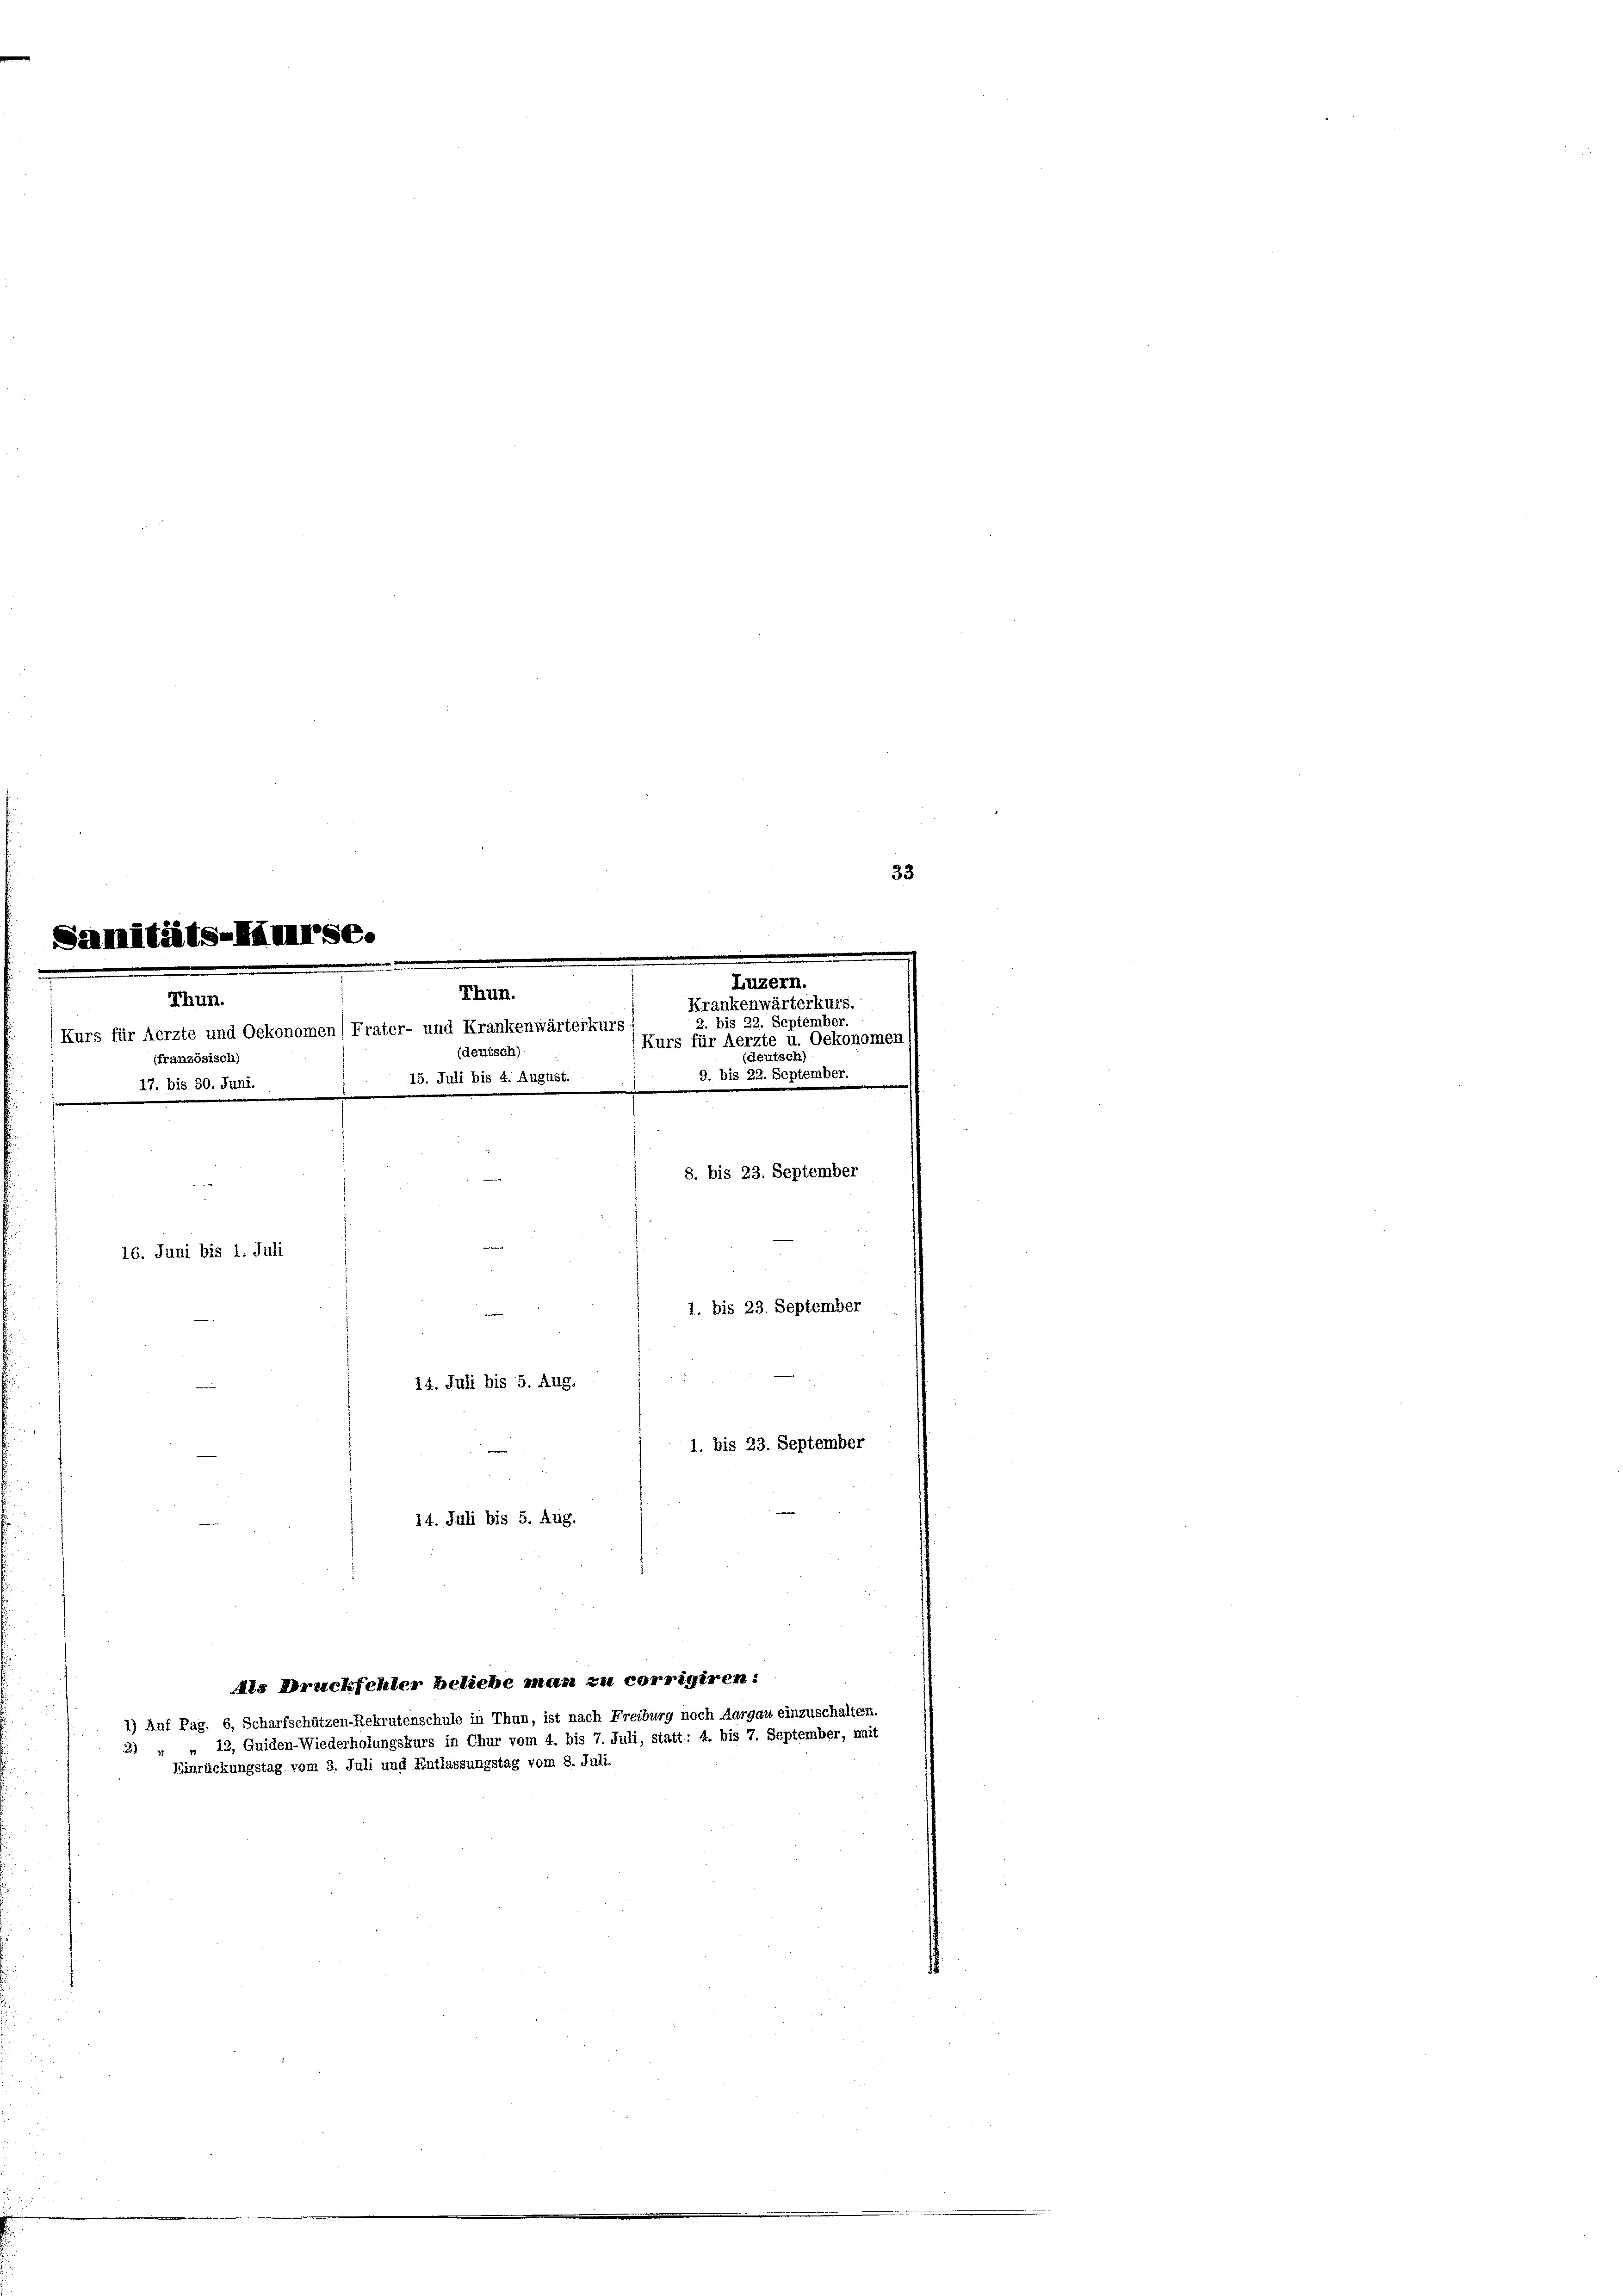
Thun.
französisch)
17. bis 30. Juni.

2

Samitäts-Häuurse.
Luzern.
Thun.
Krankenwärterkurs
2. bis 22. Septembe
(Kurs für Aerzte und Oekonomen/Frater- und Krankenwärterkurs
(Kurs für Aerzte u. Ocke
(deutsch)
(deutsch
15. Juli bis 4. August. / 9. bis 22. September.
e
16. Juni bis 1. Juli
z E
14. Juli bis 5. Aug.
1. bis 23. September
14. Juli bis 5. Aug.

1) Auf Pag. 6, Scharfschützen-Rekrutenschule in Thun, ist nach Freiburg noch Aargau einzuschalte
12, Guiden-Wiederholungskurs in Chur vom 4. bis 7. Juli, statt: 4. bis 7. September, mit
Einrückungstag vom 3. Juli und Entlassungstag vom 8. Juli.

Als Druckfehler beliebe man zu corrigiren:

8. bis 23. September
1. bis 23. September

33
e